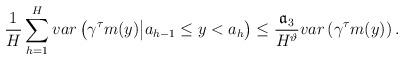
LaTeX: \begin{align*}\frac{1}{H}\sum_{h=1}^{H}var\left(\gamma^{\tau}m(y)\big| a_{h-1}\leq y < a_{h}\right)\leq \frac{\mathfrak{a}_{3}}{H^{\vartheta}} var\left(\gamma^{\tau}m(y)\right).\end{align*}